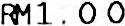
RM1.00